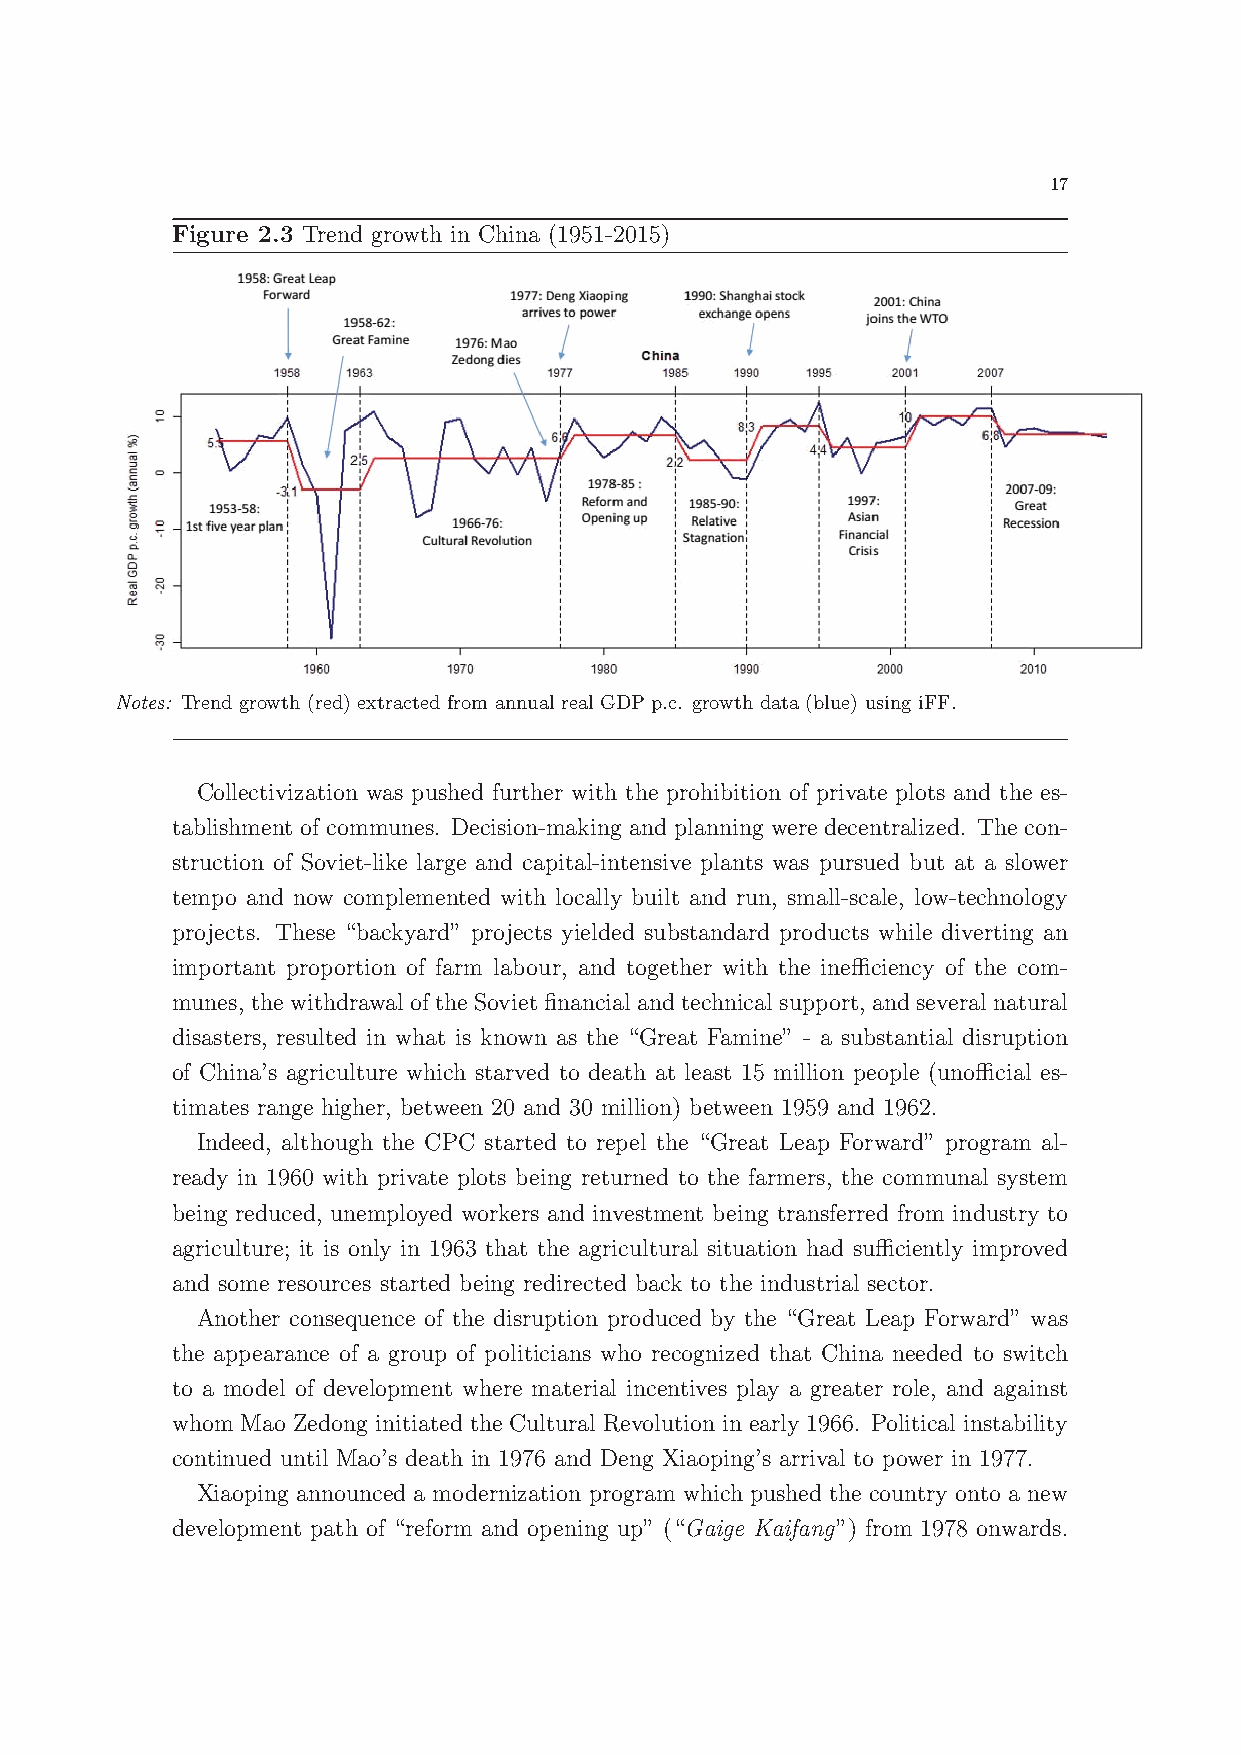
17
 Figure 2.3 Trend growth in China (1951-2015)
 Notes: Trend growth (red) extracted from annual real GDP p.c. growth data (blue) using iFF.
 Collectivization was pushed further with the prohibition of private plots and the es-
 tablishment of communes. Decision-making and planning were decentralized. The con-
 struction of Soviet-like large and capital-intensive plants was pursued but at a slower
 tempo and now complemented with locally built and run, small-scale, low-technology
 projects. These “backyard” projects yielded substandard products while diverting an
 important proportion of farm labour, and together with the inefficiency of the com-
 munes, thewithdrawaloftheSovietfinancialandtechnicalsupport, andseveralnatural
 disasters, resulted in what is known as the “Great Famine” - a substantial disruption
 of China’s agriculture which starved to death at least 15 million people (unofficial es-
 timates range higher, between 20 and 30 million) between 1959 and 1962.
 Indeed, although the CPC started to repel the “Great Leap Forward” program al-
 ready in 1960 with private plots being returned to the farmers, the communal system
 being reduced, unemployed workers and investment being transferred from industry to
 agriculture; it is only in 1963 that the agricultural situation had sufficiently improved
 and some resources started being redirected back to the industrial sector.
 Another consequence of the disruption produced by the “Great Leap Forward” was
 the appearance of a group of politicians who recognized that China needed to switch
 to a model of development where material incentives play a greater role, and against
 whom Mao Zedong initiated the Cultural Revolution in early 1966. Political instability
 continued until Mao’s death in 1976 and Deng Xiaoping’s arrival to power in 1977.
 Xiaoping announced a modernization program which pushed the country onto a new
 development path of “reform and opening up” (“Gaige Kaifang”) from 1978 onwards.